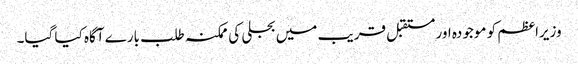
وزیراعظم کو موجودہ اور مستقبل قریب میں بجلی کی ممکنہ طلب بارے آگاہ کیا گیا۔